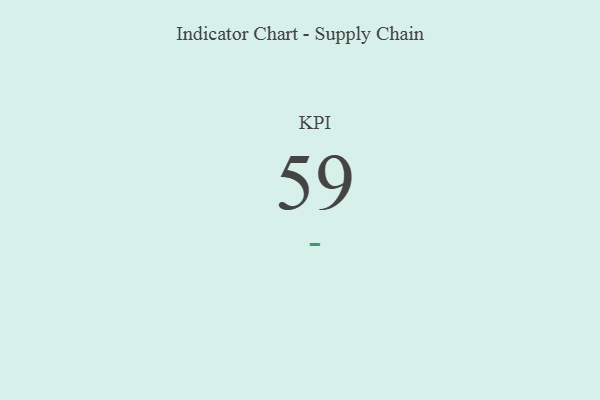
{"axis": {"x": "KPI", "y": "Value"}, "legend": [""], "data": [{"x": "KPI", "y": 59, "type": ""}]}